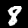
Digit: 8